Eesti_Peakonsulaat_New_Yorgis, lk 133
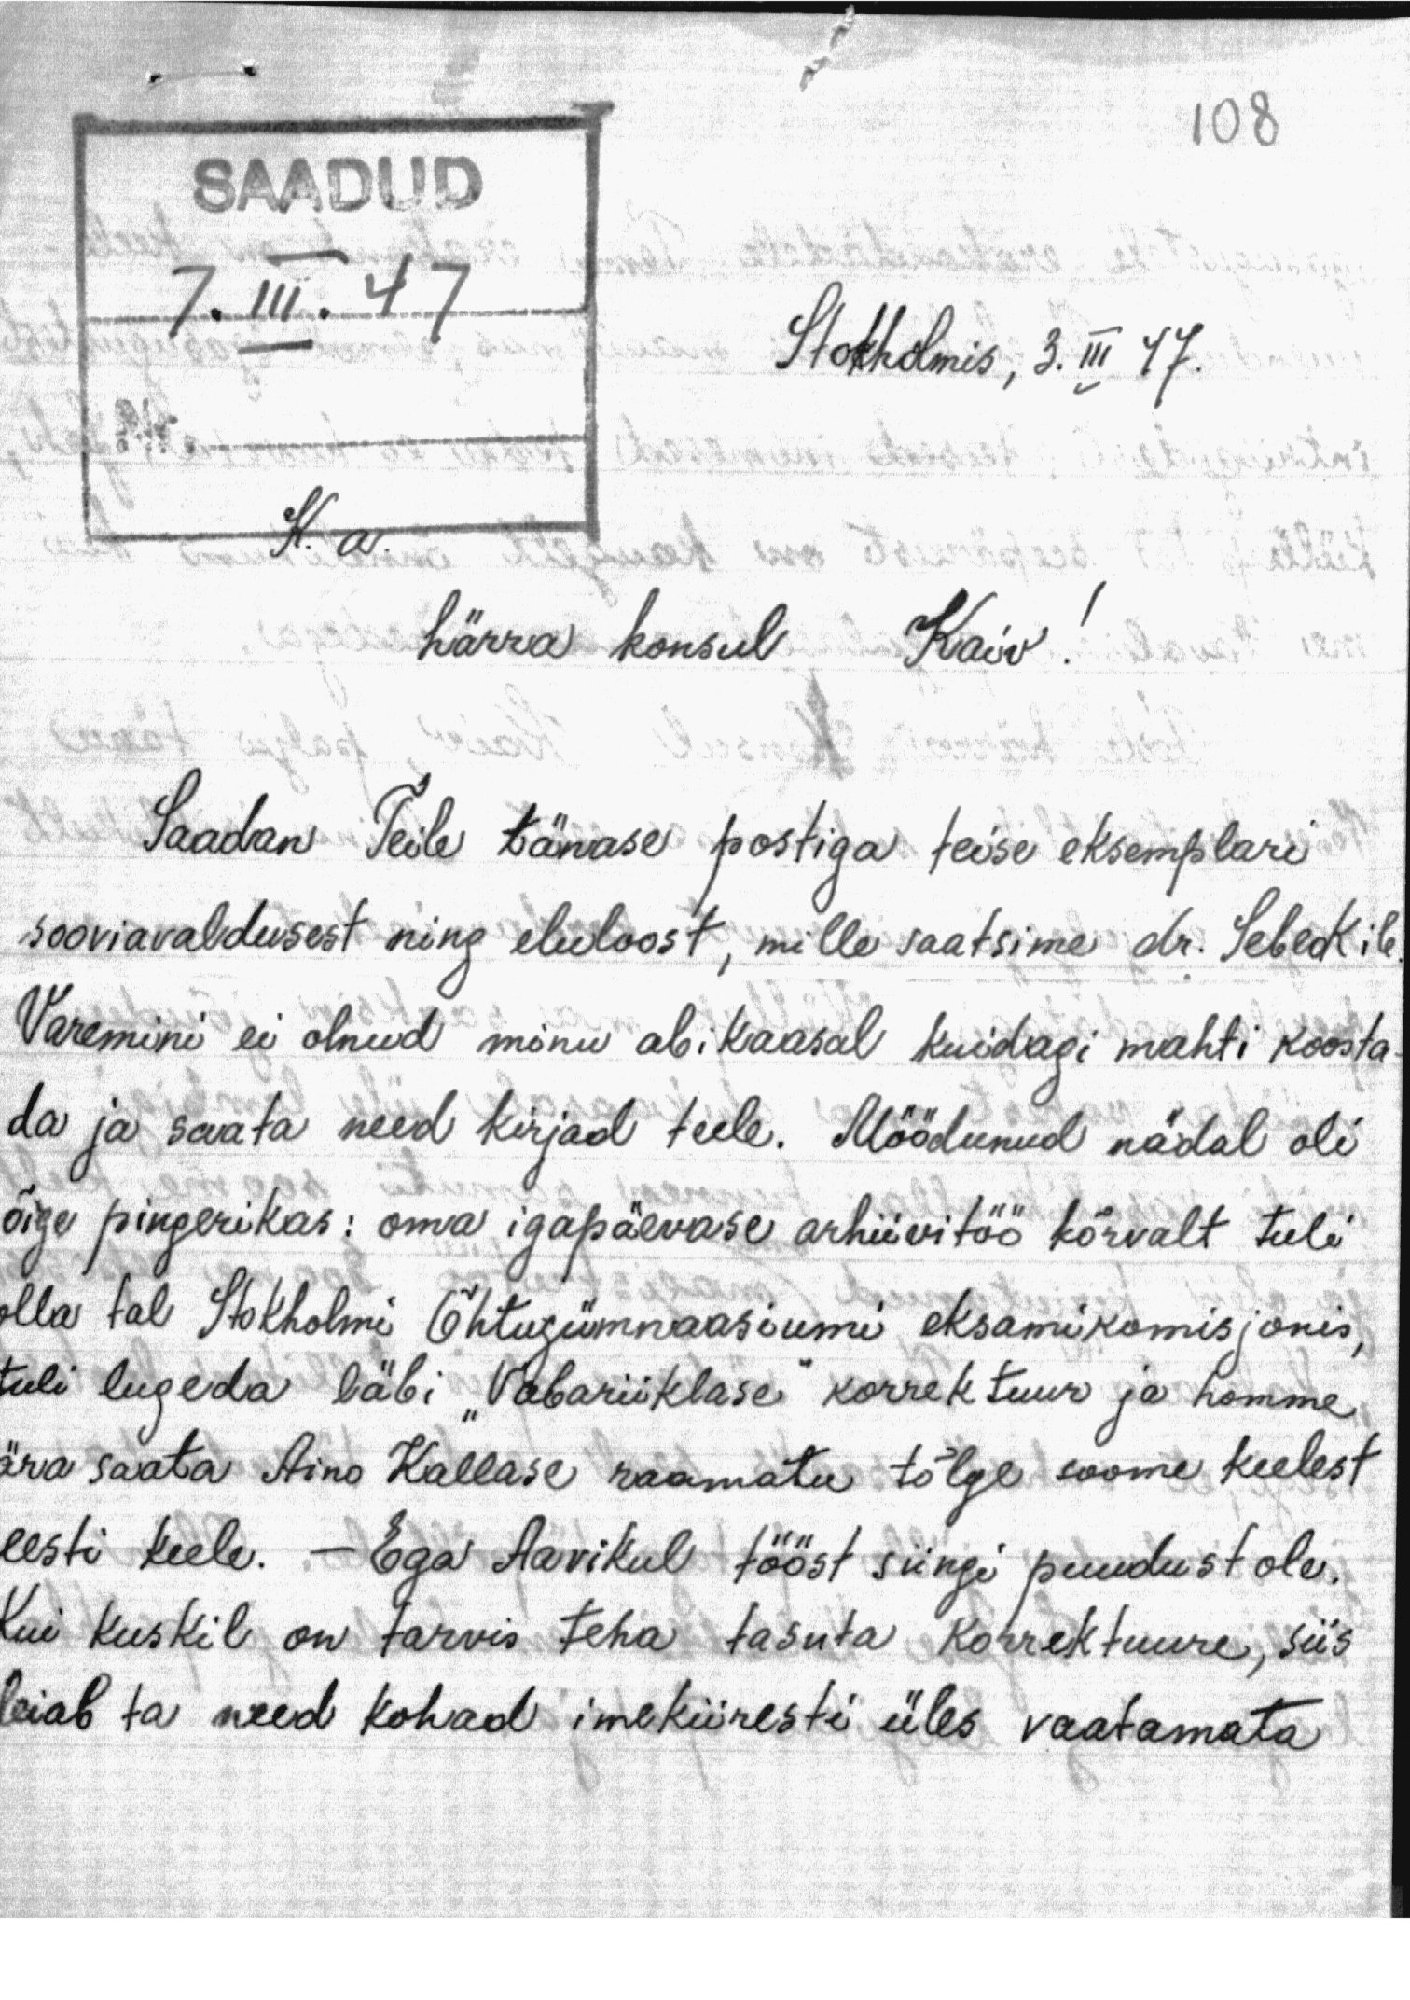
108

SAADUD
7. III. 47
Stokholmis, 3. III 47.
K. a.
härra konsul Kaiv!
Saadan Teile tänase postiga teise eksemplari
sooviavaldusest ning eluloost, mille saatsime dr. Sebeokile.
Varemini ei olnud minu abikaasal kuidagi mahti koosta-
da ja saata need kirjad teele. Möödunud nädal oli
õige pingerikas: oma igapäevase arhiivitöö kõrvalt tuli
olla tal Stokholmi Õhtugümnaasiumi eksamikomisjonis,
tuli lugeda läbi "Vabariiklase" korrektuur ja homme
ära saata Aino Kallase raamatu tõlge toome keelest
eesti keele. - Ega Aavikul tööst siingi puudust ole.
Kui kuskil on tarvis teha tasuta korrektuure, siis
leiab ta need kohad imekiiresti üles vaatamata